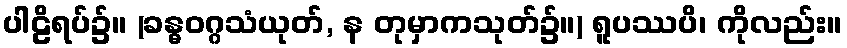
ပါဠိရပ်၌။ (ခန္ဓဝဂ္ဂသံယုတ်, န တုမှာကသုတ်၌။) ရူပဿပိ၊ ကိုလည်း။